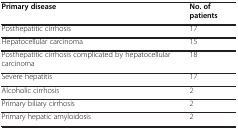
| Primary disease | No. of patients |
 | --- | --- |
 | Posthepatitic cirrhosis | 17 |
 | Hepatocellular carcinoma | 15 |
 | Posthepatitic cirrhosis complicated by hepatocellular carcinoma | 18 |
 | Severe hepatitis | 17 |
 | Alcoholic cirrhosis | 2 |
 | Primary biliary cirrhosis | 2 |
 | Primary hepatic amyloidosis | 2 |